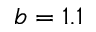
b = 1 . 1